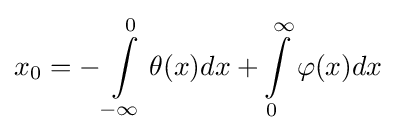
x_{0}=-\int \limits _{-\infty }^{0}\theta (x)dx+\int \limits _{0}^{\infty }\varphi (x)dx